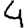
Digit: 4